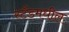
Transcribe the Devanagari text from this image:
स्टँडमधील